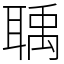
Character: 聥